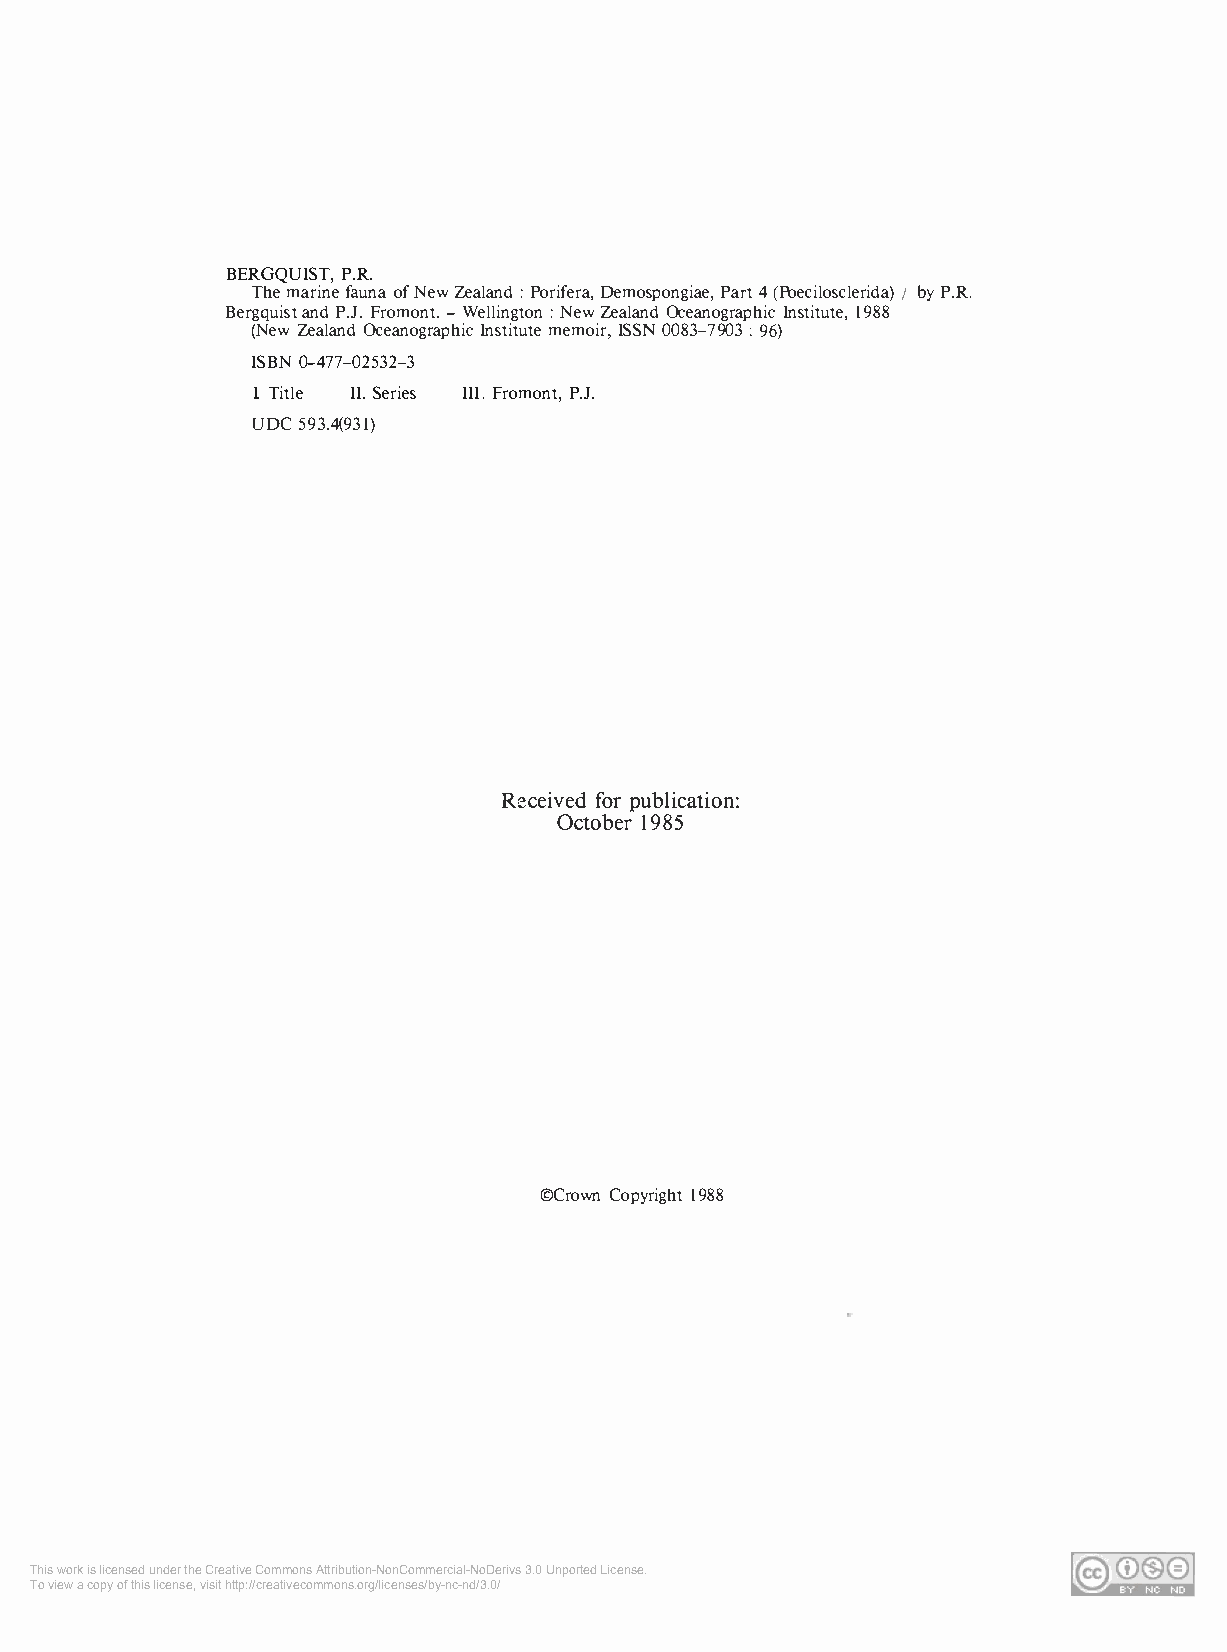
BERGQUIST, P.R.
 The marine fauna of New Zealand : Porifera, Demospongiae, Part 4 (Poecilosclerida) / by P.R.
 Bergquist and P.J. Fromont. - Wellington : New Zealand Oceanographic Institute, 1988
 (New Zealand Oceanographic Institute memoir, ISSN 0083-7903 ; 96)
 ISBN 0-477-02532-3
 I. Title II. Series III. Fromont, P.J.
 UDC 593.4(931)
 Received for publication:
 October 1985
 ©Crown Copyright 1988
 This work is licensed under the Creative Commons Attribution-NonCommercial-NoDerivs 3.0 Unported License.
 To view a copy of this license, visit http://creativecommons.org/licenses/by-nc-nd/3.0/